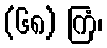
(၆၈) ကြံ၊